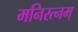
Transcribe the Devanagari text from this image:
मनिरत्नम्‌